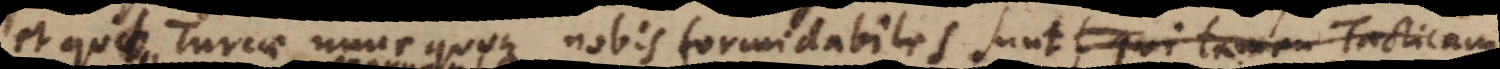
et quibus Turcae nunc quoque nobis formidabiles sunt, licet Tacticam